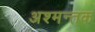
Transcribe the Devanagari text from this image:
अश्मन्तक